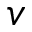
v